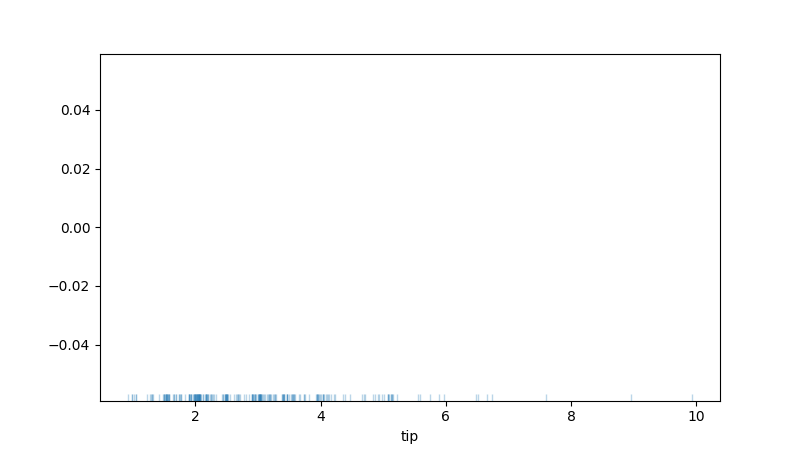
python, seaborn, rugplot, height=0.02, axis='x', alpha=0.3